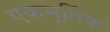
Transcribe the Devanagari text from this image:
एकमूर्तिक